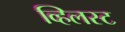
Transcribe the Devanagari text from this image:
व्हिलस्ट